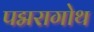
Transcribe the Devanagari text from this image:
पद्मरागोथ